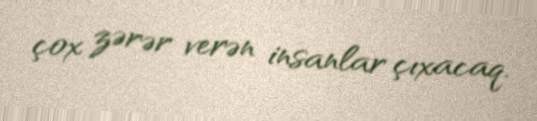
çox zərər verən insanlar çıxacaq.